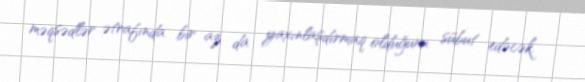
məqsədlər ətrafında bir az da yaxınlaşdırmaq olduğunu sübut edəcək.